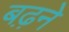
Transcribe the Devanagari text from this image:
बढ़़ने